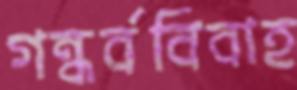
গন্ধর্ববিবাহ